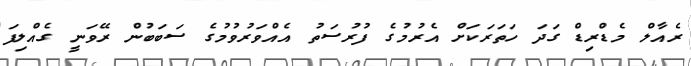
ރެއާލް މެޑްރިޑް ގަދަ ހަތަރަކަށް އެރުމުގެ ފުރުސަތު އެއްވަރުވުމުގެ ސަބަބުން ރޭވަނީ ގެއްލިފަ